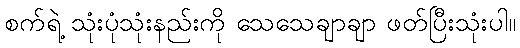
စက်ရဲ့ သုံးပုံသုံးနည်းကို သေသေချာချာ ဖတ်ပြီးသုံးပါ။